Leaving Certificate Examination, 1903
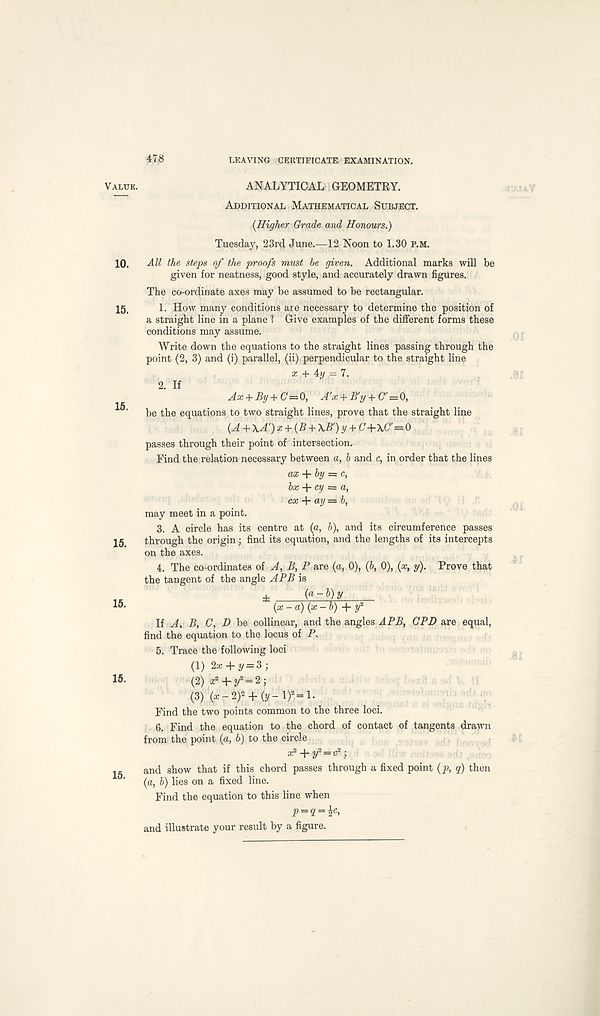
478
LEAVING CERTIFICATE EXAMINATION.
Value.
ANALYTICAL GEOMETRY.
Additional Mathematical Subject.
{Higher Grade and Honours.)
Tuesday, 23rd June.—12 Noon to 1.30 P.M.
10. All the steps of the proofs must be given. Additional marks will be
given for neatness, good style, and accurately drawn figures.
The co-ordinate axes may be assumed to be rectangular.
15,
1. How many conditions are necessary to determine the position of
a straight line in a plane 1 Give examples of the different forms these
conditions may assume.
Write down the equations to the straight lines passing through the
point (2, 3) and (i) parallel, (ii) perpendicular to the straight line
a; + 4y = 7.
2. If
Ax + By+C=0, A'x + B'y + C'=0,
be the equations to two straight lines, prove that the straight line
(A+\A r )x + (B + \B')y + C+\C=0
passes through their point of intersection.
Find the relation necessary between a, b and c, in order that the lines
ax by = c,
bx cy = a,
cx + ay = b,
may meet in a point.
3. A circle has its centre at (a, b), and its circumference passes
15 through the origin; find its equation, and the lengths of its intercepts
on the axes.
4. The co-ordinates of A, B, P are (a, 0), (b, 0), (x, y). Prove that
the tangent of the angle APB is
«
±
( a ~l) V
(x -a) (x-b) + y 2
If A, B, C, D be collinear, and the angles APB, CPD are equal,
find the equation to the locus of P.
5. Trace the following loci
(1) 2a: + y = 3;
15.
(2) z 2 + 2, 2 = 2;
(3) (a: -2)2 + (y-l) 2 =l.
Find the two points common to the three loci.
6. Find the equation to the chord of contact of tangents drawn
from the point (a, b) to the circle
x* + 2/ 2 = c* ;
and show that if this chord passes through a fixed point {p, q) then
{a, b) lies on a fixed line.
Find the equation to this line when
p = q = \c,
and illustrate your result by a figure.